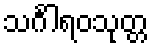
သင်္ဂါရဝသုတ္တ